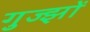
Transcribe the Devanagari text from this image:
गुज्झों